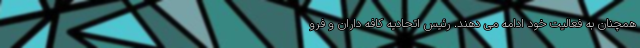
همچنان به فعالیت خود ادامه مى دهند. رئیس اتحادیه کافه داران و فرو